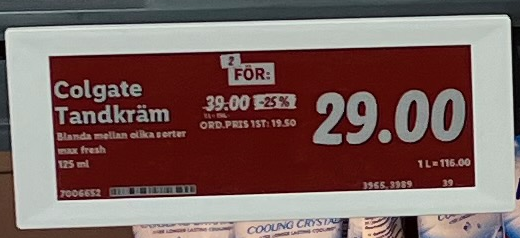
Vara: Colgate Tandkräm
Genomsnittspris: 116 per L